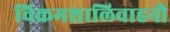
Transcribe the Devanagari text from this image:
विक्रमशालिवाहनौ